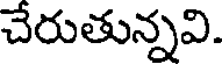
చేరుతున్నవి.